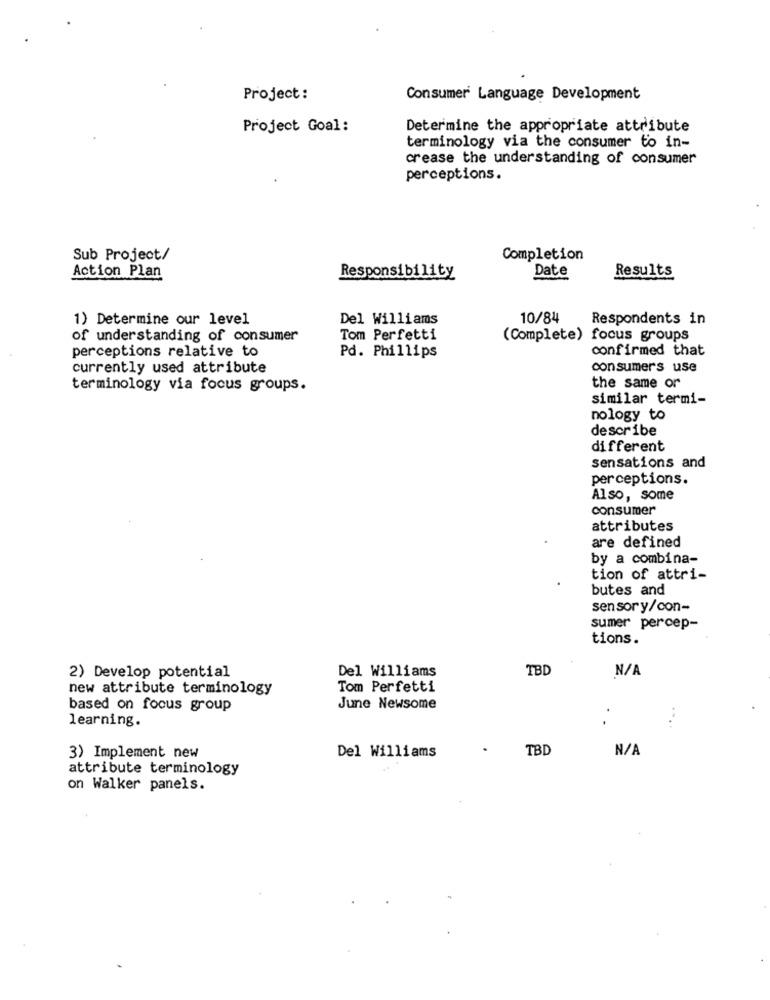
Project:
Consumer Language Development
Project Goal:
Determine the appropriate attribute
terminology via the consumer to in-
crease the understanding of consumer
perceptions.
Sub Project/
Completion
Date
Results
Action Plan
Responsibility
1) Determine our level
Del Williams
10/84
Respondents in
of understanding of consumer
Tom Perfetti
(Complete) focus groups
perceptions relative to
confirmed that
Pd. Phillips
currently used attribute
consumers use
terminology via focus groups.
the same or
similar termi-
nology to
describe
different
sensations and
perceptions.
Also, some
consumer
attributes
are defined
by a combina-
tion of attri-
butes and
sensory/con-
sumer percep-
tions.
Del Williams
TBD
2) Develop potential
new attribute terminology
Tom Perfetti
based on focus group
June Newsome
learning.
....
TBD
3) Implement new
Del Williams
attribute terminology
on Walker panels.